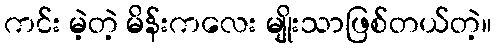
ကင်း မဲ့တဲ့ မိန်းကလေး မျိုးသာဖြစ်တယ်တဲ့။